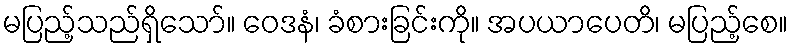
မပြည့်သည်ရှိသော်။ ဝေဒနံ၊ ခံစားခြင်းကို။ အပယာပေတိ၊ မပြည့်စေ။